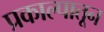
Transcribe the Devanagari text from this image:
प्रकाल्पातून